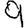
Digit: 9